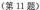
(第11题)